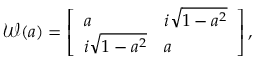
\mathcal { W } ( a ) = \left[ \begin{array} { l l } { a } & { i \sqrt { 1 - a ^ { 2 } } } \\ { i \sqrt { 1 - a ^ { 2 } } } & { a } \end{array} \right] ,